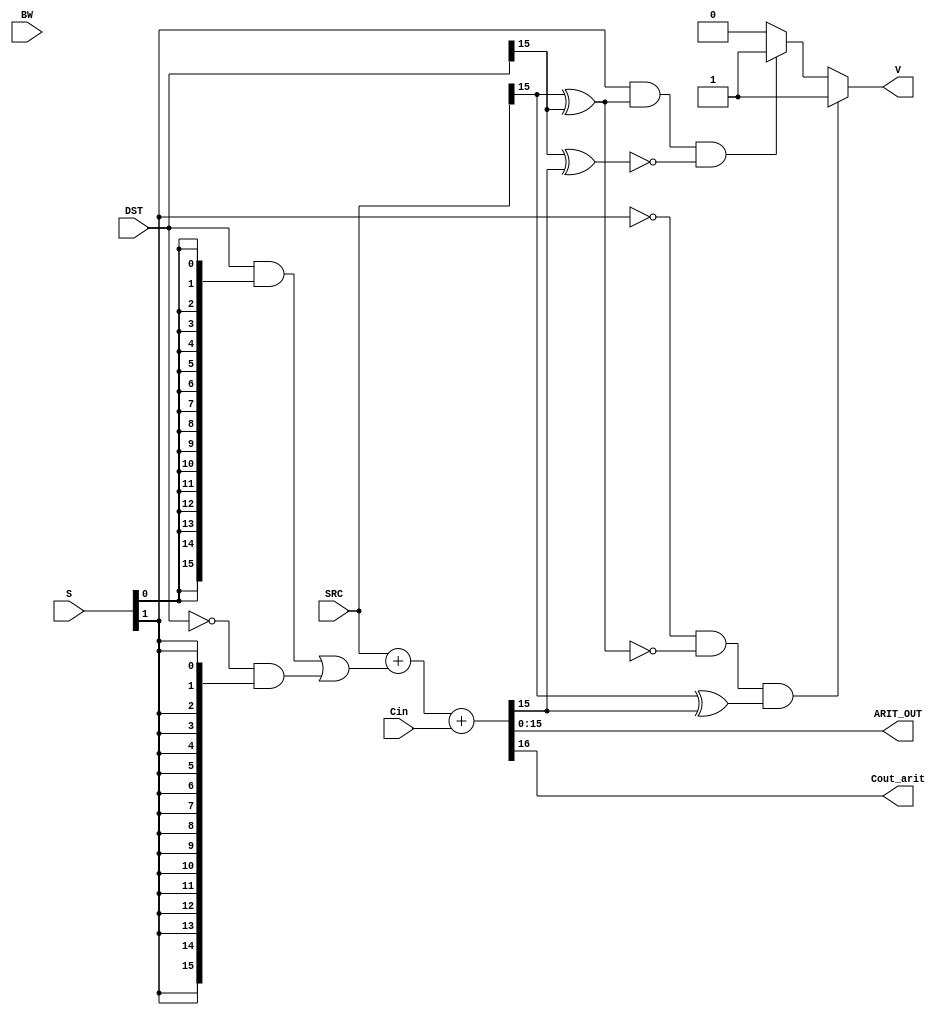
module arit_ckt #(parameter SIZE=16)
  (input [SIZE-1:0]  SRC,    DST,
   input             BW,
   input [1:0]       S,
   input             Cin,
   output [SIZE-1:0] ARIT_OUT,
   output            Cout_arit, V);

   wire [SIZE-1:0]   DST_BAR;
   assign DST_BAR = ~DST;

   // Outputs from first level of logic
   wire [SIZE-1:0]   Y;
   wire [SIZE-1:0]   ARIT_OUT_TMP;
   
   // Ripple carry bits
   wire [SIZE-1:0]   Cout_arit_full;

   // First level of logic
   wire [SIZE-1:0]   S0;
   wire [SIZE-1:0]   S1;

   // Make a data bus of same width as input so the bitwise operation
   // works and doesn't need to be assigned to each individual bit
   assign S1 = {SIZE{S[1]}};
   assign S0 = {SIZE{S[0]}};

   assign Y = (DST & S0) | (DST_BAR & S1);

   // Do all the ripple carries in one shot
   assign {Cout_arit_full,ARIT_OUT} = SRC+Y+Cin;

   // LSB of carry out bus is the final carry out
   assign Cout_arit = Cout_arit_full[0];

   // If we're ADDING, and both inputs have the same sign and output has opposite sign, OVERFLOW.
   // If we're SUBTRACTING, and the inputs sign bit do NOT match, and output sign matches B sign, OVERFLOW.
   assign V = ((!S[1]) & ~(SRC[SIZE-1] ^ DST[SIZE-1]) & (SRC[SIZE-1] ^ ARIT_OUT[SIZE-1])) ? 1 :
              ((S[1])   &  (SRC[SIZE-1] ^ DST[SIZE-1]) & ~(DST[SIZE-1] ^ ARIT_OUT[SIZE-1])) ? 1 : 0;

endmodule